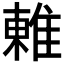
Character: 𨿢